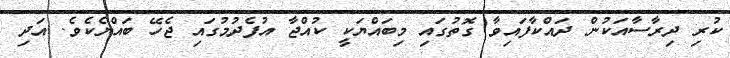
ކުރި ދިރާސާއަކުން ދައްކާފައިވާ ގޮތުގައި މިބައްޔަކީ ކުއްޖާ އުފެދުމުގައި ޖެހޭ ބައްޔެކެވެ. އަދި